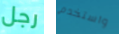
رجل واستخدم